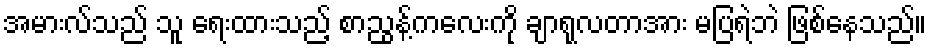
အမားလ်သည် သူ ရေးထားသည့် စာညွန့်ကလေးကို ချာရုလတာအား မပြရဲဘဲ ဖြစ်နေသည်။